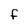
Character: F